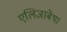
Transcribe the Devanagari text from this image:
एलिज़ाबेथा